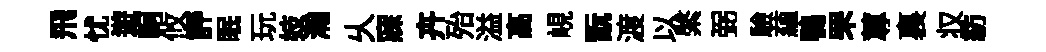
飛忧遊軻攸評眠玩妓瀚乆寐卉殆溢高峴翫渡以綮弼驗蘊鴨罘蓴裏𠬧紡